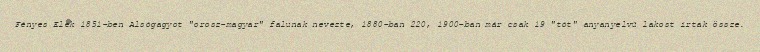
Fényes Elek 1851-ben Alsógagyot "orosz-magyar" falunak nevezte, 1880-ban 220, 1900-ban már csak 19 "tót" anyanyelvű lakost írtak össze.